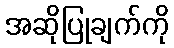
အဆိုပြုချက်ကို